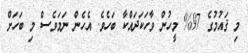
މި ޤައުމުގެ 97% މީހުން ވާހަކަދައްކާ ބަހެވެ. އެހެން ނަމަވެސް މި ބަހަށް